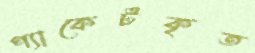
প্যাকেটকৃত